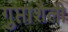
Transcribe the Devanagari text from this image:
गुप्ताशैली